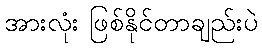
အားလုံး ဖြစ်နိုင်တာချည်းပဲ